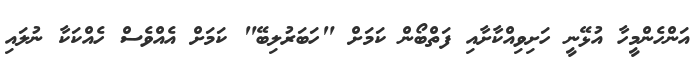
އަންހެންމީހާ އުޅޭނީ ހަށިވިއްކާށާއި ފަތްބޯން ކަމަށް "ހަބަރުލިބޭ" ކަމަށް އެއްވެސް ހެއްކަކާ ނުލައި